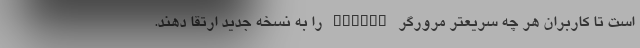
است تا کاربران هر چه سریعتر مرورگر Chrome را به نسخه جدید ارتقا دهند.